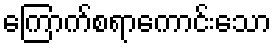
ကြောက်စရာကောင်းသော